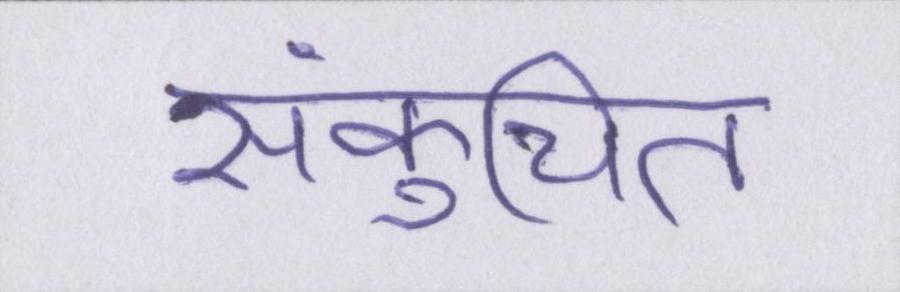
संकुचित